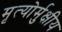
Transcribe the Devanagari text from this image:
मृत्‍योर्मुक्षीय